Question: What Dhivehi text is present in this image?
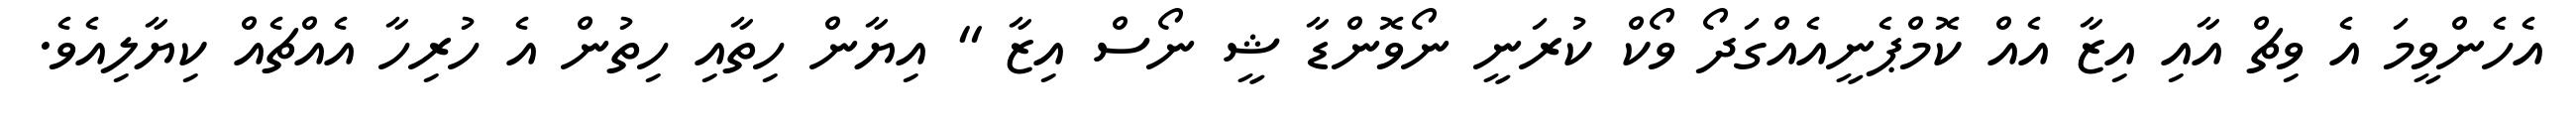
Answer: އެހެންވީމަ އެ ވިޗް އާއި އިޒާ އެއް ކޮމްޕެނީއެއްގަދޯ ވޯކް ކުރަނީ ނޯވޮންޑާ ޝީ ނޯސް އިޒާ " އިޔާން ހިތާއި ހިތުން އެ ހުރިހާ އެއްޗެއް ކިޔާލިއެވެ.